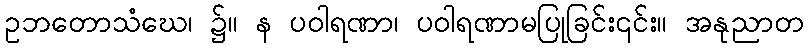
ဥဘတောသံဃေ၊ ၌။ န ပဝါရဏာ၊ ပဝါရဏာမပြုခြင်း၎င်း။ အနုညာတ